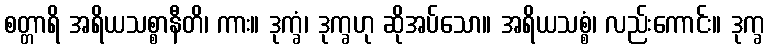
စတ္တာရိ အရိယသစ္စာနီတိ၊ ကား။ ဒုက္ခံ၊ ဒုက္ခဟု ဆိုအပ်သော။ အရိယသစ္စံ၊ လည်းကောင်း။ ဒုက္ခ